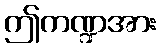
ဤကဏ္ဍအား